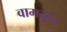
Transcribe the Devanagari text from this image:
वामयुप्ट